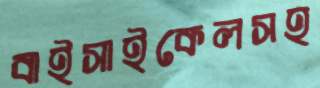
বাইসাইকেলসহ